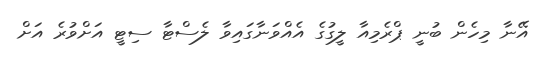
އޭނާ މިހެން ބުނީ ޕްރެމިއާ ލީގުގެ އެއްވަނާގައިވާ ލެސްޓާ ސިޓީ އަށްވުރެ އަށް